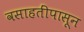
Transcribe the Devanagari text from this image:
वसाहतींपासून